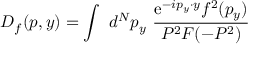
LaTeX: D _ { f } ( p , y ) = \int ~ d ^ { N } p _ { y } ~ \frac { \mathrm { e } ^ { - i p _ { y } \cdot y } f ^ { 2 } ( p _ { y } ) } { P ^ { 2 } { \cal F } ( - P ^ { 2 } ) }